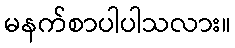
မနက်စာပါပါသလား။